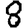
Digit: 8